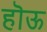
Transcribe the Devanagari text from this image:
हॊऊ